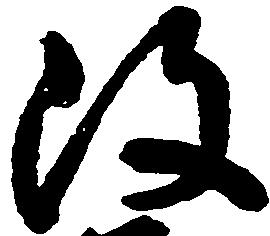
改